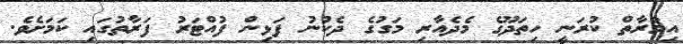
އިމާރާތް ކުރަނީ ހިތަދޫގެ މެދެއާރި މަގުގެ ދެކުނު ފަޅިން ފުއްޓަރު ފަރާތުގައި ކަމަށެވެ.